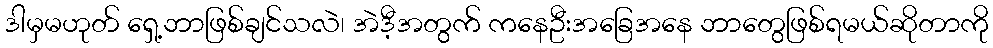
ဒါမှမဟုတ် ရှေ့ဘာဖြစ်ချင်သလဲ၊ အဲဒီ့အတွက် ကနေဦးအခြေအနေ ဘာတွေဖြစ်ရမယ်ဆိုတာကို